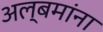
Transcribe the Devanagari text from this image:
अल्बमांना